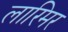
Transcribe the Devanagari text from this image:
लारिमर